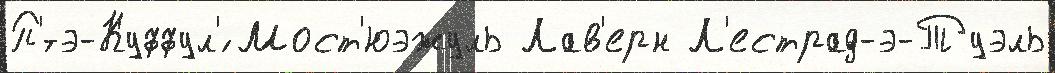
П'́-э-Куффул'́ Мост'юэжуль Лав'ерн Л'естрад-э-Туэль